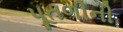
પૂતળીની